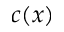
c ( x )